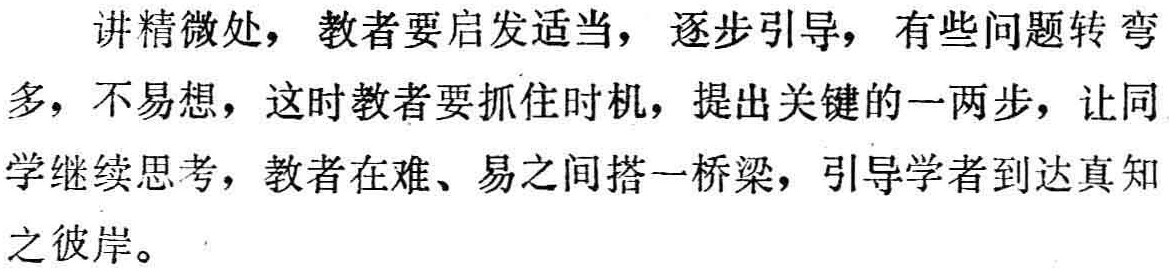
讲精微处，教者要启发适当，逐步引导，有些问题转弯多，不易想，这时教者要抓住时机，提出关键的一两步，让同学继续思考，教者在难、易之间搭一桥梁，引导学者到达真知之彼岸。